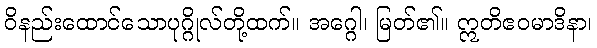
ဝိနည်းထောင်သောပုဂ္ဂိုလ်တို့ထက်။ အဂ္ဂေါ၊ မြတ်၏။ ဣတိဧဝမာဒိနာ၊